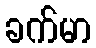
ခက်မာ